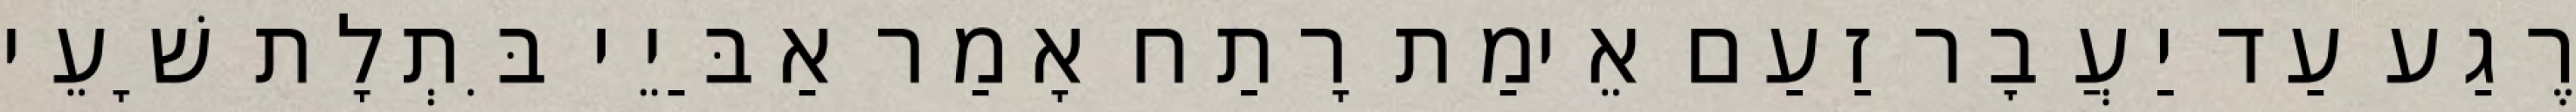
רֶגַע עַד יַעֲבׇר זַעַם אֵימַת רָתַח אָמַר אַבַּיֵי בִּתְלָת שָׁעֵי